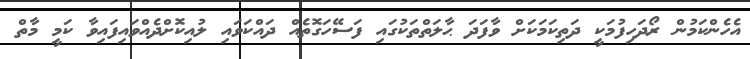
އެހެންކަމުން ރޯދަހިފުމަކީ ދަތިކަމަކަށް ވާފަދަ ޙާލަތްތަކުގައި ފަސޭހަގޮތެއް ދައްކަވައި ލުއިކޮށްދެއްވައިފައިވާ ކަމީ މާތް